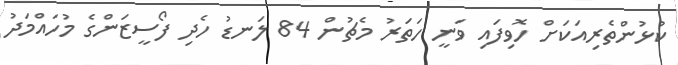
ކުޅުންތެރިއަކަށް ހޮވިފައި ވަނީ ހަތަރު މެޗުން 84 ލަނޑު ހެދި ފޯސީޒަންގެ މުހައްމަދު